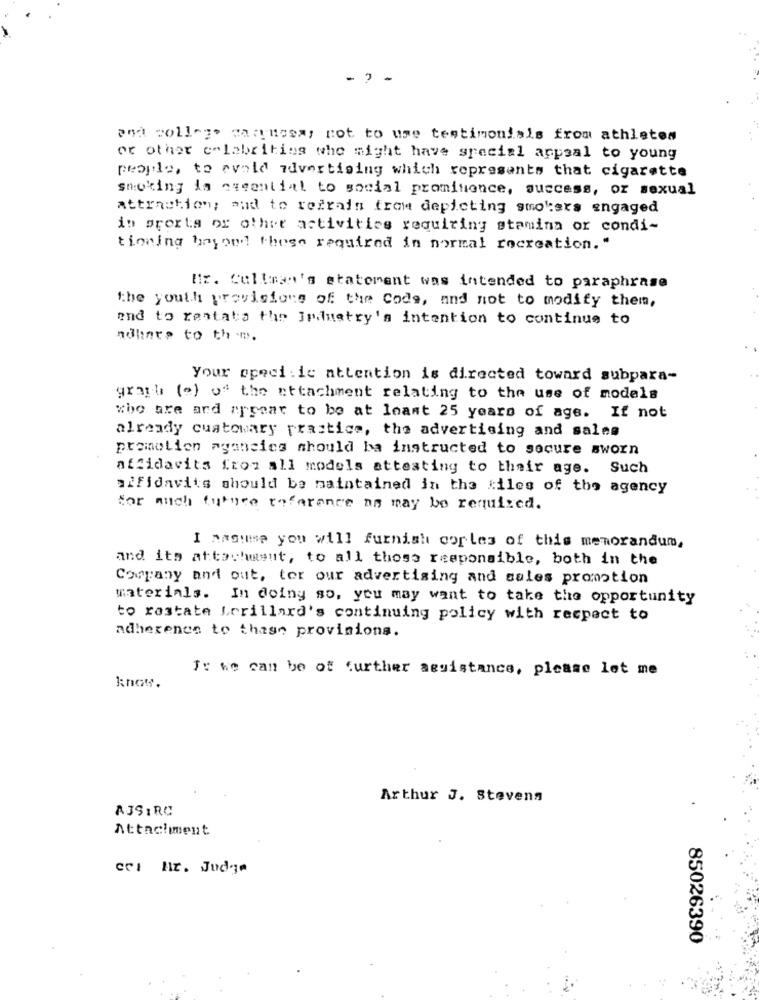
- ) -
and college warmes, not to use testimonials from athletes
or other calabriting whe might have special appeal to young
people, to evold advertising which represents that cigarette
smoking la cueential to social prominence, success, or sexual
attraction; aud to refrain from depicting smokers engaged
in prerts or other activities requiring stamina or condi-
tioning hayont these required in normal recreation."
Ex. Cullman's statement was intended to paraphrase
the youth provisions of the Code, and not to modify them,
end to rentata the jednatry's intention to continue to
nahate to th .
Your speci :ic attention is directed toward subpara-
graph (o) of the attachment relating to the use of models
who are and appear to be at least 25 years of age. If not
already cuatowary practice, the advertising and sales
promotion agencies should ba instructed to secure sworn
affidavits from all models attesting to their age. Such
affidavits should be maintained in the files of the agency
for much future reference as may be required.
I maste you will furnish corles of this memorandum,
and its attachment, to all those responsible, both in the
Company and out, tor our advertising and sales promotion
materials. In doing so, you may want to take the opportunity
to rastate Lorillard's continuing policy with respect to
adherence to thass provisions.
Jr we can be of further assistance, please let me
know.
Arthur J. Stevens
AJSIRC
Attachment
cri Ar. Jud-je
85026390